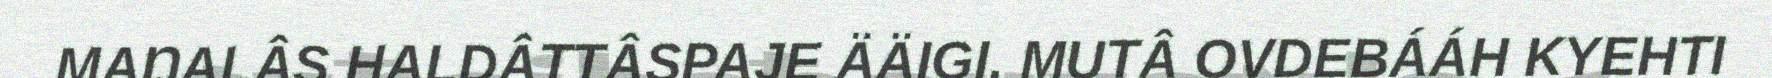
MAŊALÂS HALDÂTTÂSPAJE ÄÄIGI, MUTÂ OVDEBÁÁH KYEHTI